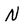
Character: N